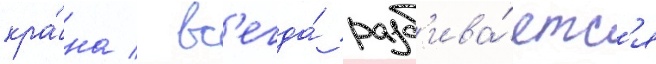
кра́на / вс'егда́ разб'ива́етс'я